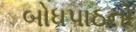
બોધપાઠનો